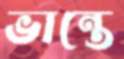
ভান্তে